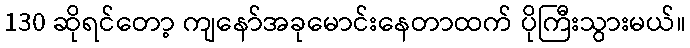
130 ဆိုရင်တော့ ကျနော်အခုမောင်းနေတာထက် ပိုကြီးသွားမယ်။